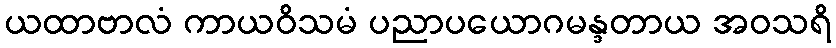
ယထာဗာလံ ကာယဝိသမံ ပညာပယောဂမန္ဒတာယ အဝသရိ